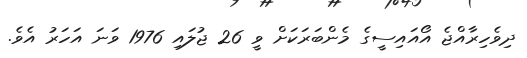
ދިވެހިރާއްޖެ އޯއައިސީގެ މެންބަރަކަށް ވީ 26 ޖުލައި 1976 ވަނަ އަހަރު އެވެ.